Civil Veterinary Department Bengal reports 1933-51 - 1933-1951
Year: 1933
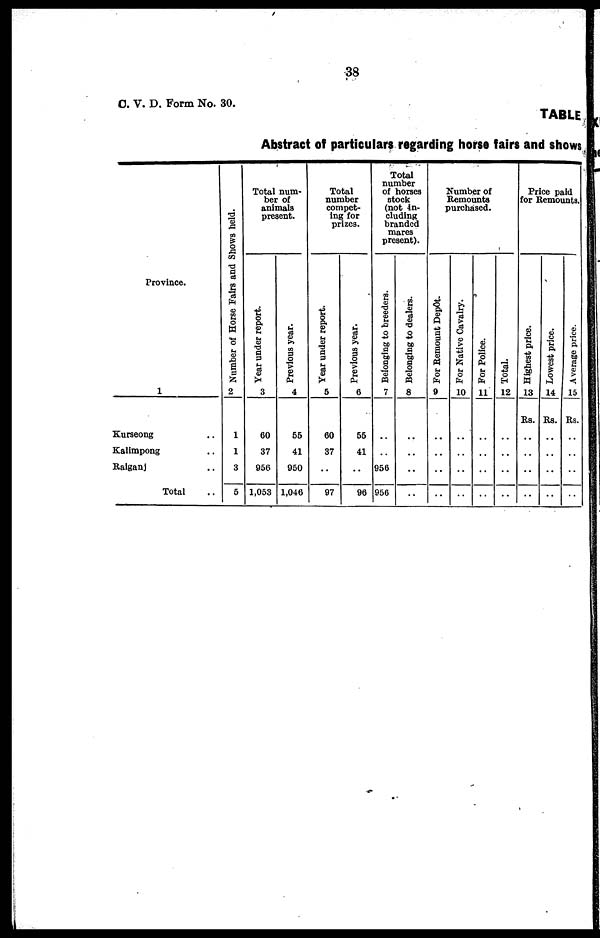
38
C. V. D. Form No. 30.
TABLE
Abstract of particulars regarding horse fairs and shows
Province.
1
Kurseong ..
Kalimpong ..
Raiganj ..
Total ..
Number of Horse Pairs and Shows held.
2
1
1
3
5
Total num-
ber of
animals
present.
Year under report.
3
60
37
956
1,053
Previous year.
4
55
41
950
1,046
Total
number
compet-
ing for
prizes.
Year under report.
5
60
37
..
97
Previous year.
6
55
41
..
96
Total
number
of horses
stock
(not in-
cluding
branded
mares
present).
Belonging to breeders.
7
..
..
956
956
Belonging to dealers.
8
..
..
..
..
Number of
Remounts
purchased.
For Remount Depôt.
9
..
..
..
..
For Native Cavalry.
10
..
..
..
..
For Police.
11
..
..
..
..
Total.
12
..
..
..
..
Price paid
for Remounts.
Highest price.
13
Rs.
..
..
..
..
Lowest price.
14
Rs.
..
..
..
..
Average price.
15
Rs.
..
..
..
..